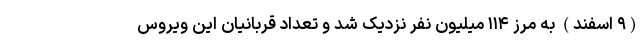
(۹ اسفند) به مرز ۱۱۴ میلیون نفر نزدیک شد و تعداد قربانیان این ویروس